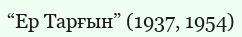
“Ер Тарғын” (1937, 1954)